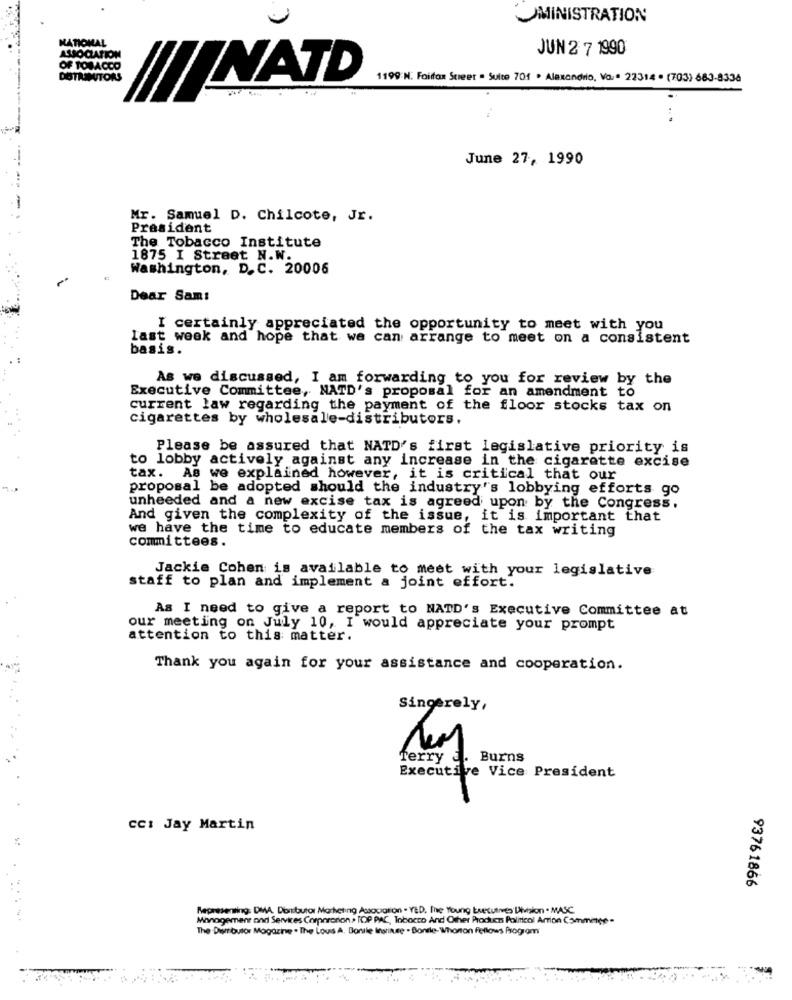
MINISTRATION
NATIONAL
JUN 2 7 1990
ASSOCIATION
OF TOBACCO
DOTAINUITORS
NATD
1199 N. Foifox Steer . Suite 701 . Alexandrio, Va .. 22314 . (703) 683-8336
.. .
June 27, 1990
Mr. Samuel D. Chilcote, Jr.
President
The Tobacco Institute
1875 I Street N.W.
Washington, D. C. 20006
-
Dear Sam:
I certainly appreciated the opportunity to meet with you
last week and hope that we can arrange to meet on a consistent
basis.
As we discussed, I am forwarding to you for review by
the
Executive Committee, NATD's proposal for an amendment
to
current law regarding the payment of the floor stocks tax on
cigarettes by wholesale-distributors.
Please be assured that NATD's first legislative priority is
to lobby actively against any increase in the cigarette excise
tax. As we explained however, it is critical that our
proposal be adopted should the industry's lobbying efforts go
unheeded and a new excise tax is agreed upon by the Congress.
And given the complexity of the issue, it is important that
we have the time to educate members of the tax writing
committees.
Jackie Cohen is available to meet with your legislative
staff to plan and implement a joint effort.
As I need to give a report to NATD's Executive Committee at
our meeting on July 10, I would appreciate your prompt
attention to this matter.
Thank you again for your assistance and cooperation.
Sincerely,
Terry a. Burns
Executive Vice President
CC: Jay Martin
93761866
Representing. DMA, Dontturar Marketing Association . YED, The Young Executives Division . MASC.
Management and Services Corpororion > TOP PAC, Tobacco And Other Products Political Artion Commetee -
The Ditributor Magazine . The Lous A. Bonile Inoringe . Bonile-Whonon Fellows Progrom
... 1.